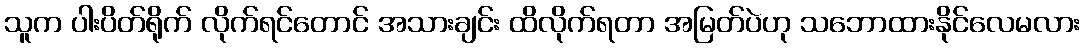
သူက ပါးပိတ်ရိုက် လိုက်ရင်တောင် အသားချင်း ထိလိုက်ရတာ အမြတ်ပဲဟု သဘောထားနိုင်လေမလား